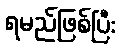
ရမည်ဖြစ်ပြီး